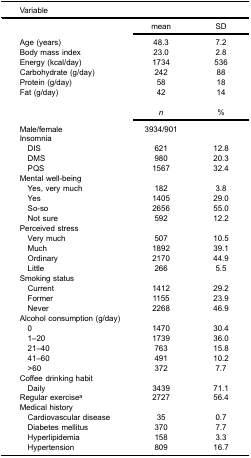
<table><thead><tr><td><b>Variable</b></td><td><b> </b></td><td><b> </b></td></tr></thead><tbody><tr><td rowspan="2"> </td><td>mean</td><td>SD</td></tr><tr><td>Age (years)</td><td>48.3</td><td>7.2</td></tr><tr><td>Body mass index</td><td>23.0</td><td>2.8</td></tr><tr><td>Energy (kcal/day)</td><td>1734</td><td>536</td></tr><tr><td>Carbohydrate (g/day)</td><td>242</td><td>88</td></tr><tr><td>Protein (g/day)</td><td>58</td><td>18</td></tr><tr><td>Fat (g/day)</td><td>42</td><td>14</td></tr><tr><td rowspan="2"> </td><td><i>n</i></td><td>%</td></tr><tr><td>Male/female</td><td>3934/901</td><td> </td></tr><tr><td>Insomnia</td><td> </td><td> </td></tr><tr><td> DIS</td><td>621</td><td>12.8</td></tr><tr><td> DMS</td><td>980</td><td>20.3</td></tr><tr><td> PQS</td><td>1567</td><td>32.4</td></tr><tr><td>Mental well-being</td><td> </td><td> </td></tr><tr><td> Yes, very much</td><td>182</td><td>3.8</td></tr><tr><td> Yes</td><td>1405</td><td>29.0</td></tr><tr><td> So-so</td><td>2656</td><td>55.0</td></tr><tr><td> Not sure</td><td>592</td><td>12.2</td></tr><tr><td>Perceived stress</td><td> </td><td> </td></tr><tr><td> Very much</td><td>507</td><td>10.5</td></tr><tr><td> Much</td><td>1892</td><td>39.1</td></tr><tr><td> Ordinary</td><td>2170</td><td>44.9</td></tr><tr><td> Little</td><td>266</td><td>5.5</td></tr><tr><td>Smoking status</td><td> </td><td> </td></tr><tr><td> Current</td><td>1412</td><td>29.2</td></tr><tr><td> Former</td><td>1155</td><td>23.9</td></tr><tr><td> Never</td><td>2268</td><td>46.9</td></tr><tr><td>Alcohol consumption (g/day)</td><td> </td><td> </td></tr><tr><td> 0</td><td>1470</td><td>30.4</td></tr><tr><td> 1–20</td><td>1739</td><td>36.0</td></tr><tr><td> 21–40</td><td>763</td><td>15.8</td></tr><tr><td> 41–60</td><td>491</td><td>10.2</td></tr><tr><td> &gt;60</td><td>372</td><td>7.7</td></tr><tr><td>Coffee drinking habit</td><td> </td><td> </td></tr><tr><td> Daily</td><td>3439</td><td>71.1</td></tr><tr><td>Regular exercise<sup>a</sup></td><td>2727</td><td>56.4</td></tr><tr><td>Medical history</td><td> </td><td> </td></tr><tr><td> Cardiovascular disease</td><td>35</td><td>0.7</td></tr><tr><td> Diabetes mellitus</td><td>370</td><td>7.7</td></tr><tr><td> Hyperlipidemia</td><td>158</td><td>3.3</td></tr><tr><td> Hypertension</td><td>809</td><td>16.7</td></tr></tbody></table>